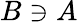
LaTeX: B\ni A